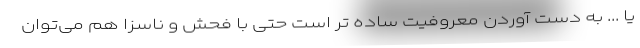
یا ... به دست آوردن معروفیت ساده تر است حتی با فحش و ناسزا هم می‌توان